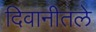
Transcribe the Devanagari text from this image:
दिवानीतले